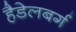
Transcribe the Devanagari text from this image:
हैडेलबर्ग